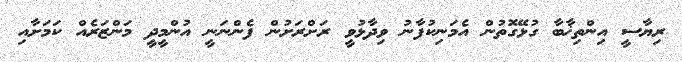
ރިޔާސީ އިންތިޚާބާ ގުޅޭގޮތުން އެމަނިކުފާނު ވިދާޅުވީ ރަށްރަށުން ފެންނަނީ އުންމީދީ މަންޒަރެއް ކަމަށާއި